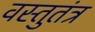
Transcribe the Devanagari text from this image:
वस्तुतंत्र